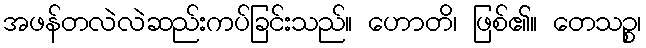
အဖန်တလဲလဲဆည်းကပ်ခြင်းသည်။ ဟောတိ၊ ဖြစ်၏။ တေသဉ္စ၊